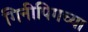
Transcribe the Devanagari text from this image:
गिनीपिगच्या